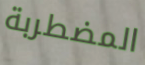
المضطربة